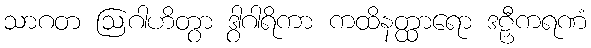
သာဂတ ဩဂါဟိတွာ ဒွါဂါရိကာ ကထိနတ္ထာရော ဒဠှီကရဏံ